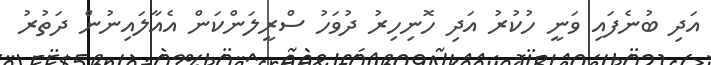
އަދި ބުނެފައި ވަނީ ހުކުރު އަދި ހޮނިހިރު ދުވަހު ސްރީލަންކަން އެއާލައިނުން ދަތުރު